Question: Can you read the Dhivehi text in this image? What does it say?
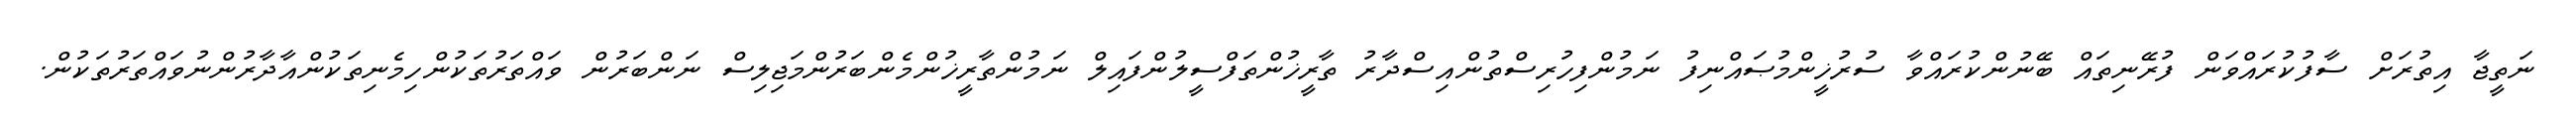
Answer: ނަތީޖާ އިތުރަށް ސާފުކުރައްވަން ފުރޭނިތައް ބޭނުންކުރައްވާ ސުރުޚީންމުޞައްނިފު ނަމުންފިހުރިސްތުންއިސްދާރު ތާރީޚުންތަފްސީލުންފައިލް ނަމުންތާރީޚުންމެންބަރުންމަޖިލިސް ނަންބަރުން ވައްތަރުތަކުންހިމެނިތަކުންއާދާރުންނުވައްތަރުތަކުން.